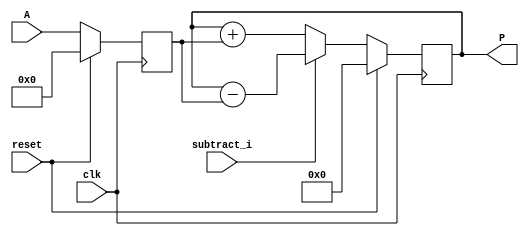
module accumulator (clk, reset, subtract_i, A, P);
	input clk, reset, subtract_i;
	input signed [19:0] A;
	output reg signed [37:0] P;
	reg signed [19:0] i1;
	reg signed [37:0] mul, add_or_sub;
	always @(posedge clk) begin
		if(reset == 1) begin
			i1 <= 0;
		end
		else begin
			i1 <= A;
		end
	end
	always @(posedge clk) begin
		if (reset ==1 )
			P <= 0;
		else 
			P<= add_or_sub;

	end

	always @ (*)  begin
		if (subtract_i)
			add_or_sub = P - i1;
		else
			add_or_sub = P + i1;
	end
endmodule